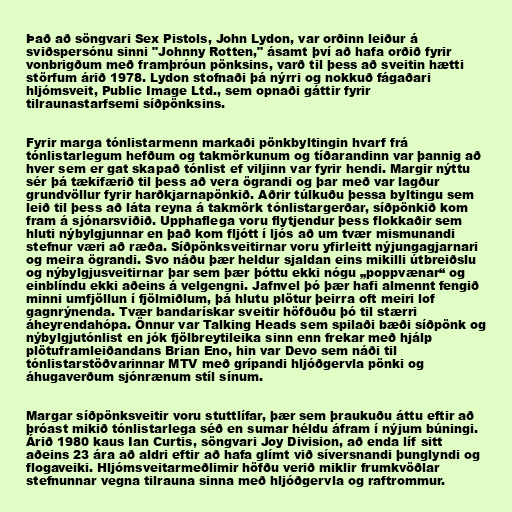
Það að söngvari Sex Pistols, John Lydon, var orðinn leiður á
sviðspersónu sinni "Johnny Rotten," ásamt því að hafa orðið fyrir
vonbrigðum með framþróun pönksins, varð til þess að sveitin hætti
störfum árið 1978. Lydon stofnaði þá nýrri og nokkuð fágaðari
hljómsveit, Public Image Ltd., sem opnaði gáttir fyrir
tilraunastarfsemi síðpönksins.

Fyrir marga tónlistarmenn markaði pönkbyltingin hvarf frá
tónlistarlegum hefðum og takmörkunum og tíðarandinn var þannig að
hver sem er gat skapað tónlist ef viljinn var fyrir hendi. Margir nýttu
sér þá tækifærið til þess að vera ögrandi og þar með var lagður
grundvöllur fyrir harðkjarnapönkið. Aðrir túlkuðu þessa byltingu sem
leið til þess að láta reyna á takmörk tónlistargerðar, síðpönkið kom
fram á sjónarsviðið. Upphaflega voru flytjendur þess flokkaðir sem
hluti nýbylgjunnar en það kom fljótt í ljós að um tvær mismunandi
stefnur væri að ræða. Síðpönksveitirnar voru yfirleitt nýjungagjarnari
og meira ögrandi. Svo náðu þær heldur sjaldan eins mikilli útbreiðslu
og nýbylgjusveitirnar þar sem þær þóttu ekki nógu „poppvænar“ og
einblíndu ekki aðeins á velgengni. Jafnvel þó þær hafi almennt fengið
minni umfjöllun í fjölmiðlum, þá hlutu plötur þeirra oft meiri lof
gagnrýnenda. Tvær bandarískar sveitir höfðuðu þó til stærri
áheyrendahópa. Önnur var Talking Heads sem spilaði bæði síðpönk og
nýbylgjutónlist en jók fjölbreytileika sinn enn frekar með hjálp
plötuframleiðandans Brian Eno, hin var Devo sem náði til
tónlistarstöðvarinnar MTV með grípandi hljóðgervla pönki og
áhugaverðum sjónrænum stíl sínum.

Margar síðpönksveitir voru stuttlífar, þær sem þraukuðu áttu eftir að
þróast mikið tónlistarlega séð en sumar héldu áfram í nýjum búningi.
Árið 1980 kaus Ian Curtis, söngvari Joy Division, að enda líf sitt
aðeins 23 ára að aldri eftir að hafa glímt við síversnandi þunglyndi og
flogaveiki. Hljómsveitarmeðlimir höfðu verið miklir frumkvöðlar
stefnunnar vegna tilrauna sinna með hljóðgervla og raftrommur.